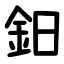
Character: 鈤